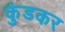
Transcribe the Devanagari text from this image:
कुंडकर